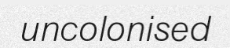
uncolonised